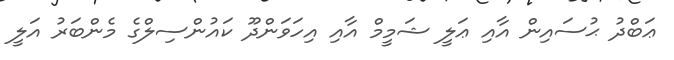
ޢަބްދު ޙުސައިން އާއި ޢަލީ ޝަމީމް އާއި އިހަވަންދޫ ކައުންސިލްގެ މެންބަރު އަލީ